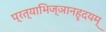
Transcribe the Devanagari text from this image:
प्रत्याभिज्ञानहृदयम्